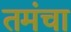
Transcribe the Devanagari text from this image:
तमंचा